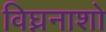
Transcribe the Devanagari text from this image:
विघ्ननाशो